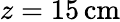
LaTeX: z=15\, \mathrm{cm}